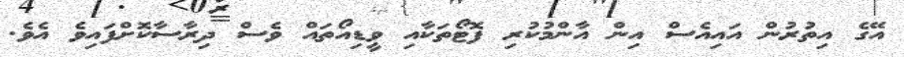
އޭގެ އިތުރުން އައިއެސް އިން އާންމުކުރި ފޮޓޯތަކާއި ވީޑިއޯތައް ވެސް ދިރާސާކޮށްފައިވެ އެވެ.